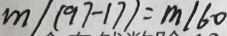
m / ( 9 7 - 1 7 ) = m / 6 0